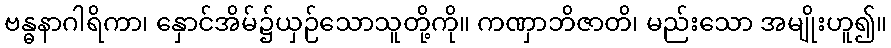
ဗန္ဓနာဂါရိကာ၊ နှောင်အိမ်၌ယှဉ်သောသူတို့ကို။ ကဏှာဘိဇာတိ၊ မည်းသော အမျိုးဟူ၍။